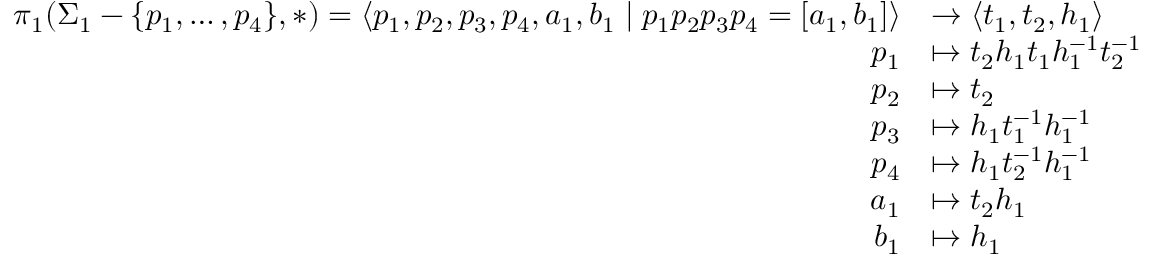
\begin{array} { r l } { \pi _ { 1 } ( \Sigma _ { 1 } - \{ p _ { 1 } , \ldots , p _ { 4 } \} , \ast ) = \langle p _ { 1 } , p _ { 2 } , p _ { 3 } , p _ { 4 } , a _ { 1 } , b _ { 1 } \mid p _ { 1 } p _ { 2 } p _ { 3 } p _ { 4 } = [ a _ { 1 } , b _ { 1 } ] \rangle } & { \rightarrow \langle t _ { 1 } , t _ { 2 } , h _ { 1 } \rangle } \\ { p _ { 1 } } & { \mapsto t _ { 2 } h _ { 1 } t _ { 1 } h _ { 1 } ^ { - 1 } t _ { 2 } ^ { - 1 } } \\ { p _ { 2 } } & { \mapsto t _ { 2 } } \\ { p _ { 3 } } & { \mapsto h _ { 1 } t _ { 1 } ^ { - 1 } h _ { 1 } ^ { - 1 } } \\ { p _ { 4 } } & { \mapsto h _ { 1 } t _ { 2 } ^ { - 1 } h _ { 1 } ^ { - 1 } } \\ { a _ { 1 } } & { \mapsto t _ { 2 } h _ { 1 } } \\ { b _ { 1 } } & { \mapsto h _ { 1 } } \end{array}